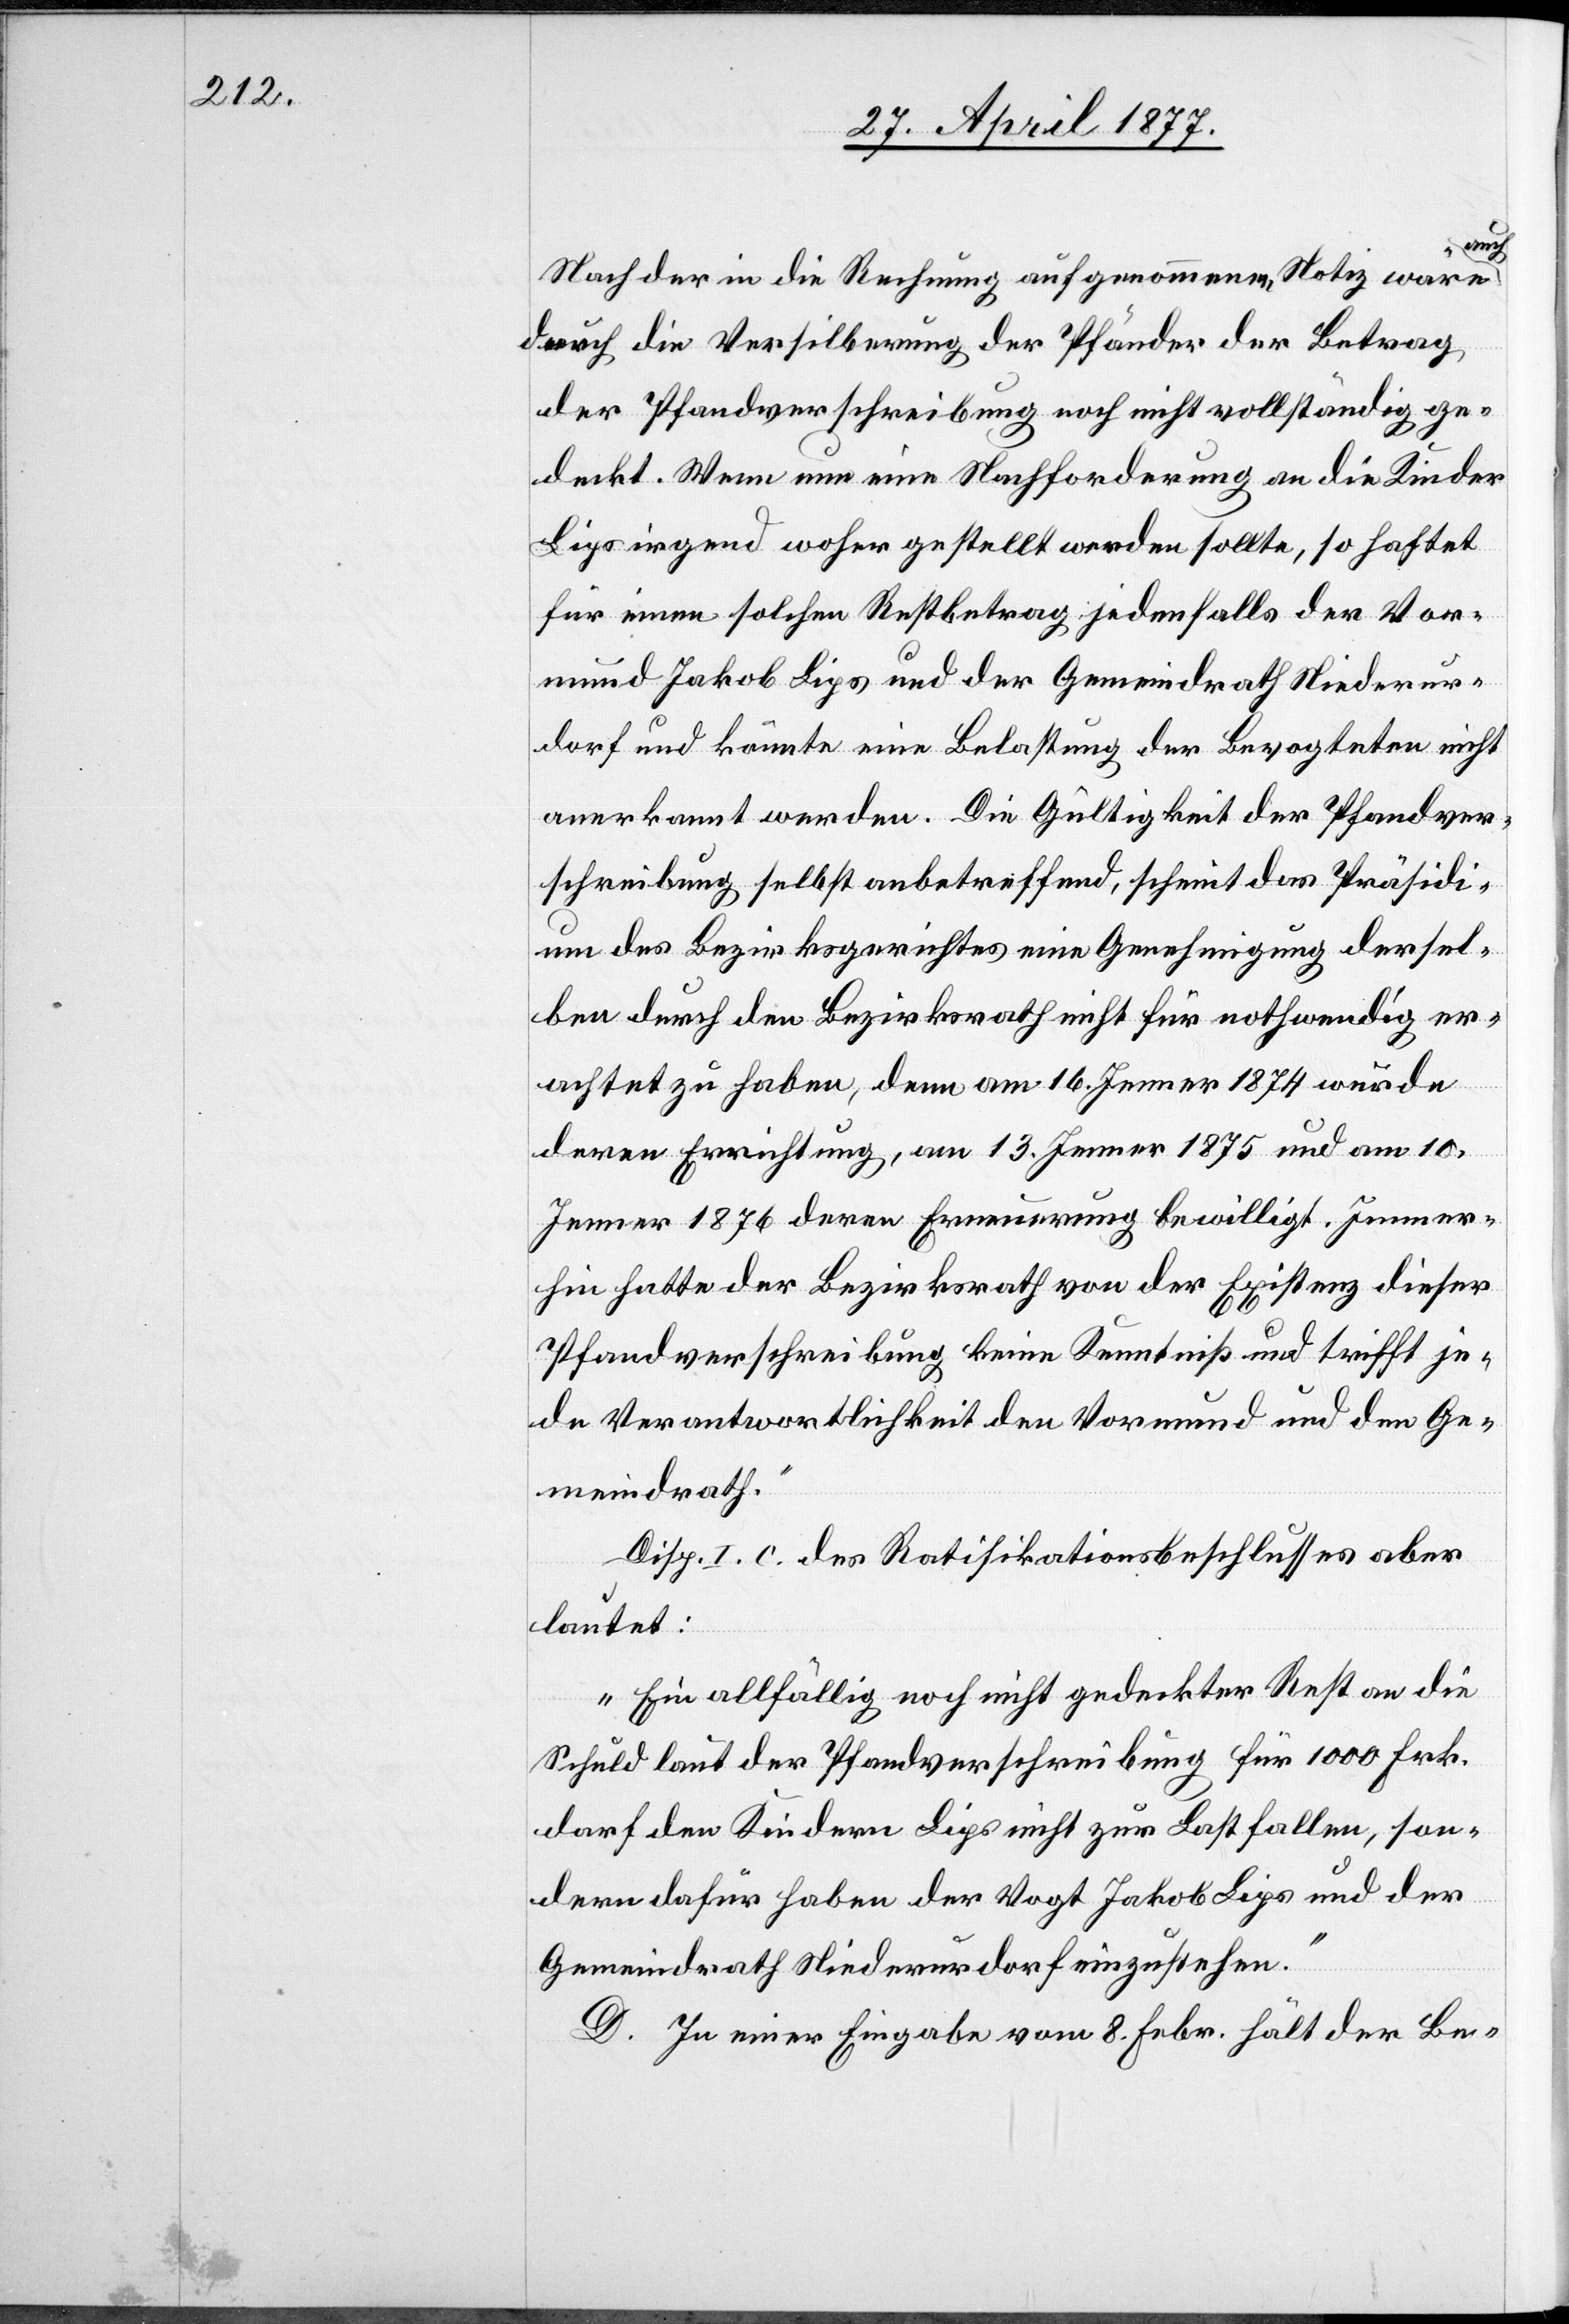
auch
Nach der in die Rechnung aufgenommenen Notiz wäre
durch die Versilberung der Pfänder der Betrag
der Pfandverschreibung noch nicht vollständig ge¬
deckt. Wenn nun eine Nachforderung an die Kinder
Lips irgend woher gestellt werden sollte, so haftet
für einen solchen Restbetrag jedenfalls der Vor¬
mund Jakob Lips und der Gemeindrath Niederur¬
dorf und könnte eine Belastung der Bevogteten nicht
anerkannt werden. Die Gültigkeit der Pfandver¬
schreibung selbst anbetreffend, scheint das Präsidi¬
um des Bezirksgerichtes eine Genehmigung dersel¬
ben durch den Bezirksrath nicht für nothwendig er¬
achtet zu haben, denn am 16. Jenner 1874 wurde
deren Errichtung, am 13. Jenner 1875 und am 10.
Jenner 1876 deren Erneuerung bewilligt. Immer¬
hin hatte der Bezirksrath von der Existenz dieser
Pfandverschreibung keine Kenntniß und trifft je¬
de Verantwortlichkeit den Vormund und den Ge¬
meindrath.“
Disp. I. c. des Ratifikationsbeschlusses aber
lautet:
„Ein allfällig noch nicht gedeckter Rest an die
Schuld laut der Pfandverschreibung für 1000 Frk.
darf den Kindern Lips nicht zur Last fallen, son¬
dern dafür haben der Vogt Jakob Lips und der
Gemeindrath Niederurdorf einzustehen.“
D. In einer Eingabe vom 8. Febr. hält der Be-